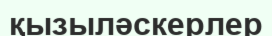
қызыләскерлер